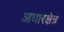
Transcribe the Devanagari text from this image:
आधारक्षेत्र